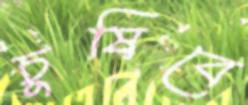
চুষিবে